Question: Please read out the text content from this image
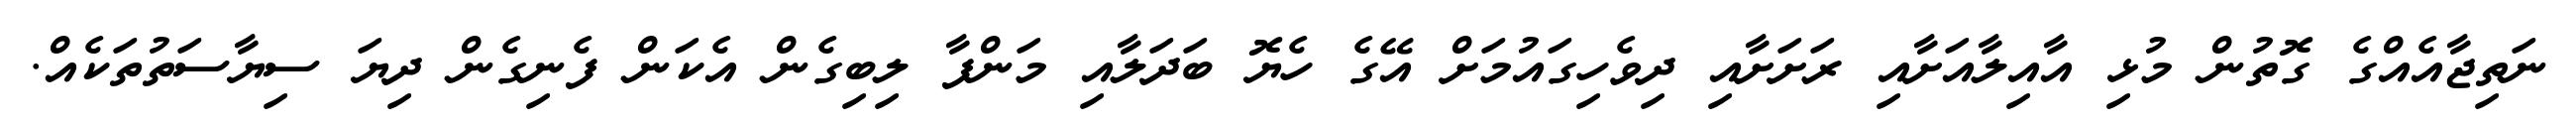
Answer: ނަތިޖާއެއްގެ ގޮތުން މުޅި އާއިލާއަށާއި ރަށަށާއި ދިވެހިގައުމަށް އޭގެ ހެޔޮ ބަދަލާއި މަންފާ ލިބިގެން އެކަން ފެނިގެން ދިޔަ ސިޔާސަތުތަކެއް.